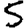
Digit: 5